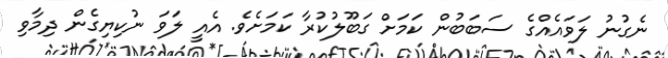
ނެގުނު ލަވައެއްގެ ސަބަބުން ކަމަށް ގަބޫލުކުރާ ކަމަށެވެ. އެއީ ލަަވަ ނުކިޔިގެން ދިމާވި